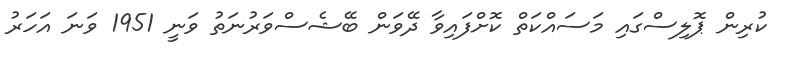
ކުރިން ޕޮލިސްގައި މަސައްކަތް ކޮށްފައިވާ ދޭވަން ބޭޝެސްވަރުނަތު ވަނީ 1951 ވަނަ އަހަރު